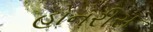
હોનરીસ